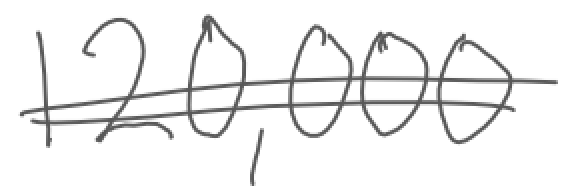
Text: 120,000
Cross-out: double-line
Writing tool: digital_gray